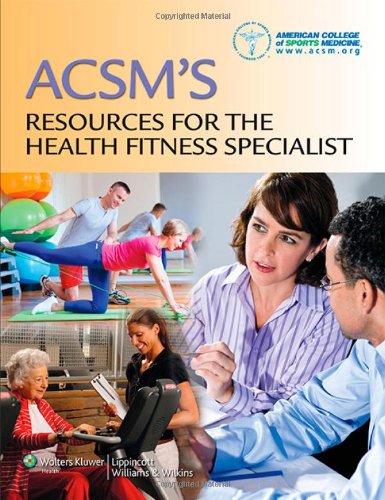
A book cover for ACSM's Resources for the Health Fitness Specialist; American College of Sports Medicine (ACSM); Medical Books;